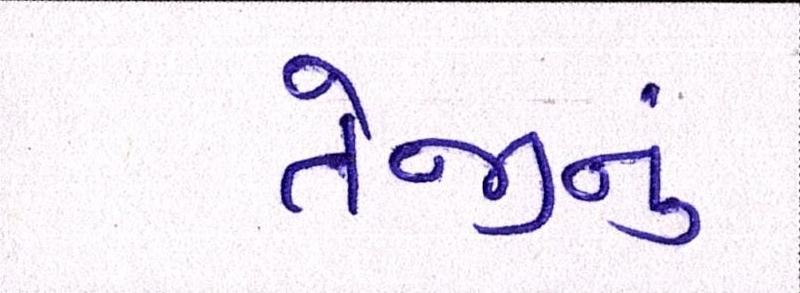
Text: તેજીનું